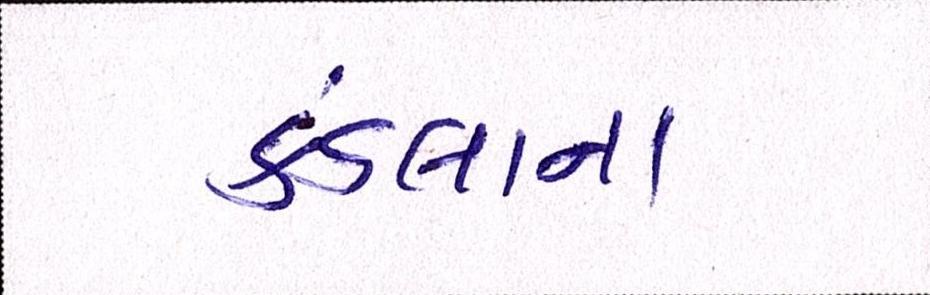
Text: કંડલાના